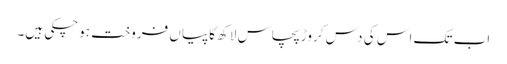
اب تک اس کی دس کروڑ پچاس لاکھ کاپیاں فروخت ہوچکی ہیں۔